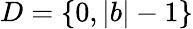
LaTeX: D=\{ 0,|b|-1\}